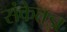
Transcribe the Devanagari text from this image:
संकेतज्ञ